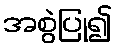
အစွဲပြု၍